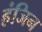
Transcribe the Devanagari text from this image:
हंजिन